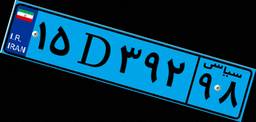
۱۵D۳۹۲۹۸